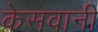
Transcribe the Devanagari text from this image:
केसवानी